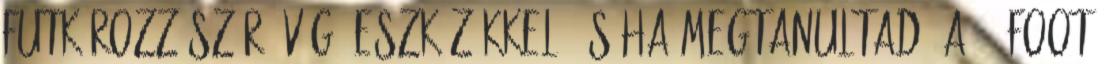
futkározz szúró-vágó eszközökkel. És ha megtanultad, a 21 foot